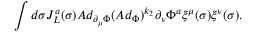
\int d \sigma J _ { L } ^ { a } ( \sigma ) A d _ { \partial _ { \mu } \Phi } ( A d _ { \Phi } ) ^ { k _ { 2 } } \partial _ { \nu } \Phi ^ { a } \xi ^ { \mu } ( \sigma ) \xi ^ { \nu } ( \sigma ) .